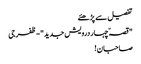
تفصیل سے پڑھئے
" قصہّ چہار درویش جدید"-ظفرجی
صاحبان !